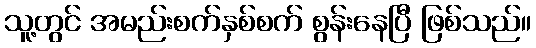
သူ့တွင် အမည်းစက်နှစ်စက် စွန်းနေပြီ ဖြစ်သည်။